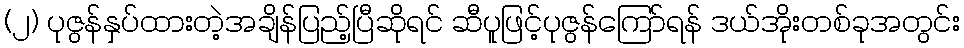
(၂) ပုဇွန်နှပ်ထားတဲ့အချိန်ပြည့်ပြီဆိုရင် ဆီပူဖြင့်ပုဇွန်ကြော်ရန် ဒယ်အိုးတစ်ခုအတွင်း